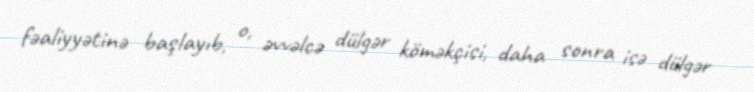
fəaliyyətinə başlayıb, o, əvvəlcə dülgər köməkçisi, daha sonra isə dülgər